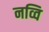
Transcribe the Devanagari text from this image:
नव्वि